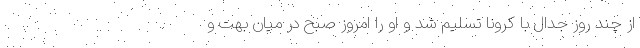
از چند روز جدال با کرونا تسلیم شد و او را امروز صبح در میان بهت و